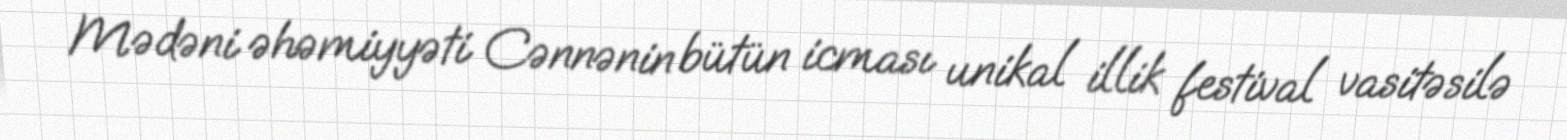
Mədəni əhəmiyyəti Cənnənin bütün icması unikal illik festival vasitəsilə